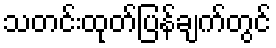
သတင်းထုတ်ပြန်ချက်တွင်